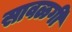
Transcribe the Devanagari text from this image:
सावळगी